Notes on vaccination in the North-West Frontier Province 1923-1928 - 1923-1928
Year: 1923
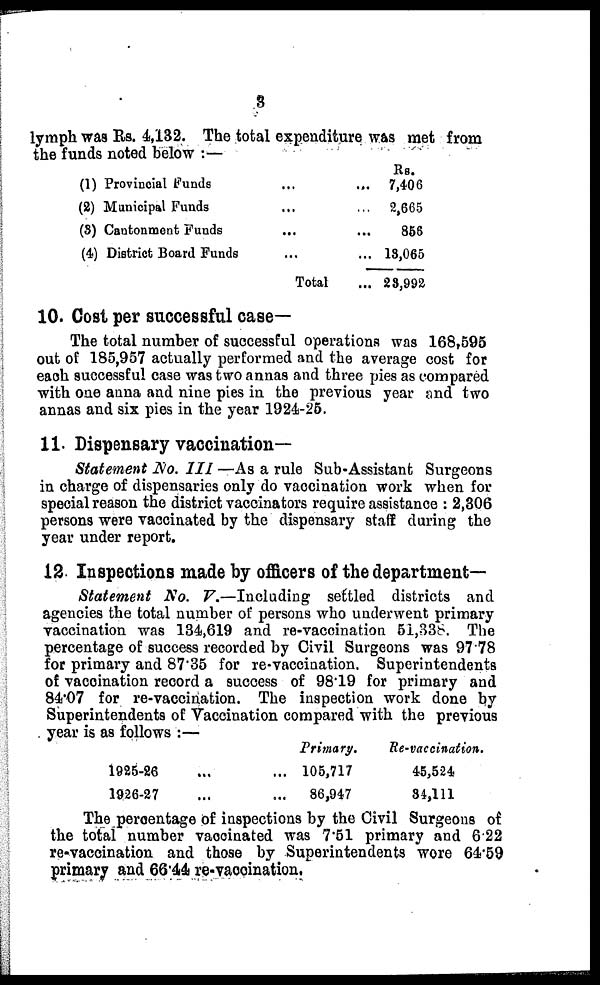
3
lymph was Rs. 4,132. The total expenditure was met from
the funds noted below :—
(1) Provincial funds
...
...
...
(2) Municipal Funds ... ... ...
(8) Cantonment Funds ... ...
(4) District Board Funds ... ...
Total ...
Rs.
7,406
2,665
856
13,065
23,992
10. Cost per successful case—
The total number of successful operations was 168,595
out of 185,957 actually performed and the average cost for
each successful case was two annas and three pies as compared
with one anna and nine pies in the previous year and two
annas and six pies in the year 1924-25.
11. Dispensary vaccination—
Statement No. III —As a rule Sub-Assistant Surgeons
in charge of dispensaries only do vaccination work when for
special reason the district vaccinators require assistance : 2,306
persons were vaccinated by the dispensary staff during the
year under report.
12. Inspections made by officers of the department—
Statement No. V.—Including settled districts and
agencies the total number of persons who underwent primary
vaccination was 134,619 and re-vaccination 51,338. The
percentage of success recorded by Civil Surgeons was 97.78
for primary and 87.35 for re-vaccination. Superintendents
of vaccination record a success of 98.19 for primary and
84.07 for re-vaccination. The inspection work done by
Superintendents of Vaccination compared with the previous
year is as follows :—
1925-26
...
...
1926-27
...
...
Primary.
105,717
86,947
Re-vaccination.
45,524
34,111
The percentage of inspections by the Civil Surgeons of
the total number vaccinated was 7.51 primary and 6.22
re-vaccination and those by Superintendents wore 64.59
primary and 66.44 re-vaccination.